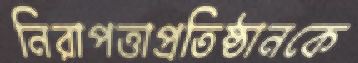
নিরাপত্তাপ্রতিষ্ঠানকে